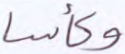
وكأسا